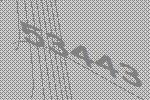
53443